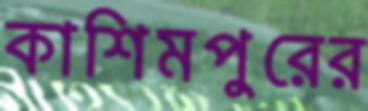
কাশিমপুরের